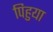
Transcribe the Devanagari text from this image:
पिहुया